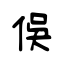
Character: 俁